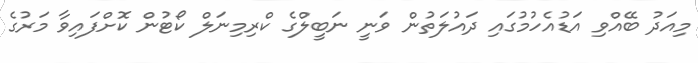
މިއަދު ބޭއްވި އަޑުއެހުމުގައި ދައުލަތުން ވަނީ ނަބީލްގެ ކްރިމިނަލް ކޯޓުން ކޮށްފައިވާ މަރުގެ